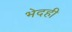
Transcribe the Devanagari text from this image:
भेदही